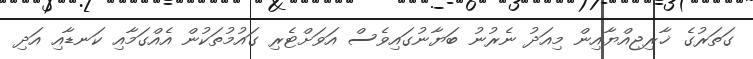
ގަތަރުގެ ޚާރިޖިއްޔާއިން މިއަދު ނެރުނު ބަޔާނުގައިވެސް އަވަށްޓެރި ގައުމުތަކުން އެއްގަމާއި ކަނޑާއި އަދި